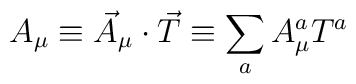
A_\mu \equiv \vec A_\mu\cdot\vec T \equiv\sum_a A^a_\mu T^a